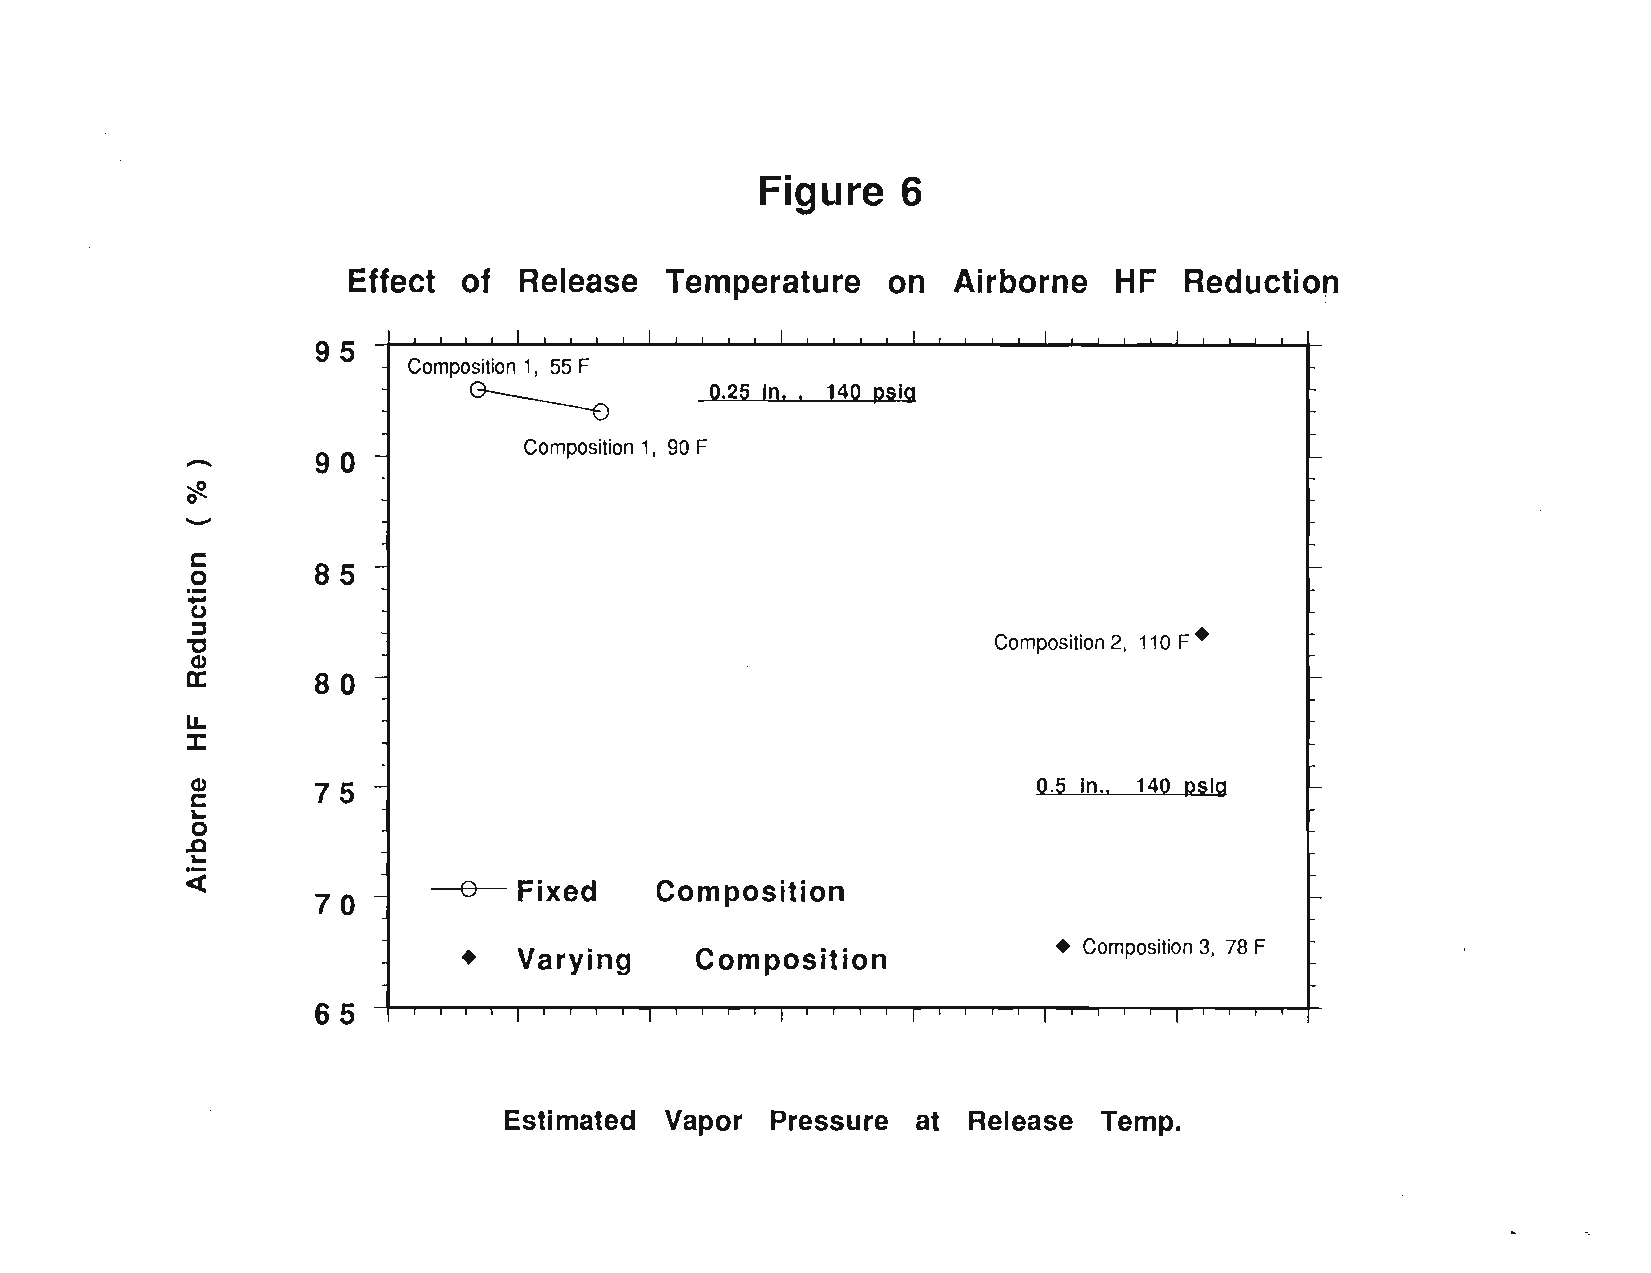
Figure    6
 Effect  of Release   Temperature    on  Airborne   HF   Reduction
 95
 Composition 1, 55 F
 0.25 In., 140 pslg
 ~
 -
 Composition 1, 90 F
 90
 -o~
 -g
 85
 o
 :::::J
 'C                                                    Composition 2, 110 F •
 CIJ
 a:
 80
 11.
 J:
 ..
 CIJ     75                                              0.5 In.. 140 pslg
 r::
 ..
 o
 .0
 :.;:
 A-- Fixed    Composition
 70
 • Composition 3, 78 F
 •  Varying     Composition
 65
 Estimated  Vapor  Pressure  at Release  Temp.